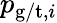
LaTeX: p_{\mathrm{g/t},i}